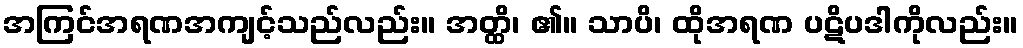
အကြင်အရဏအကျင့်သည်လည်း။ အတ္ထိ၊ ၏။ သာပိ၊ ထိုအရဏ ပဋိပဒါကိုလည်း။